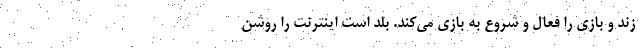
زند و بازی را فعال و شروع به بازی می‌کند. بلد است اینترنت را روشن